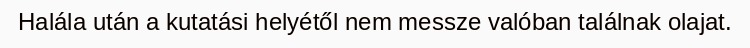
Halála után a kutatási helyétől nem messze valóban találnak olajat.